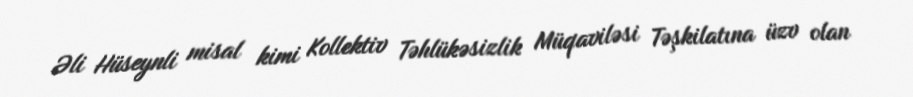
Əli Hüseynli misal kimi Kollektiv Təhlükəsizlik Müqaviləsi Təşkilatına üzv olan